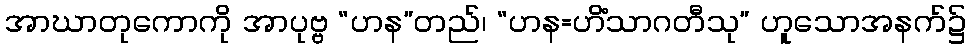
အာဃာတုကောကို အာပုဗ္ဗ “ဟန”တည်၊ “ဟန=ဟိံသာဂတီသု” ဟူသောအနက်၌